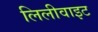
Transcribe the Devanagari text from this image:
लिलीवाइट